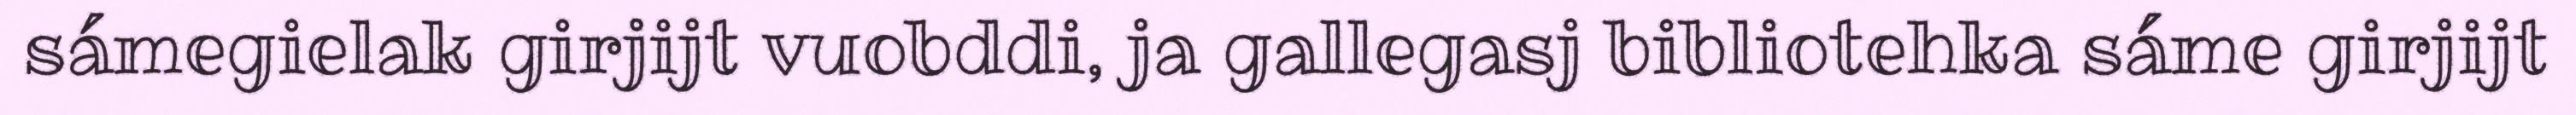
sámegielak girjijt vuobddi, ja gallegasj bibliotehka sáme girjijt